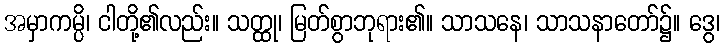
အမှာကမ္ပိ၊ ငါတို့၏လည်း။ သတ္ထု၊ မြတ်စွာဘုရား၏။ သာသနေ၊ သာသနာတော်၌။ ဒွေ၊